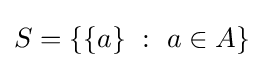
S=\{\{a\}~:~a\in A\}